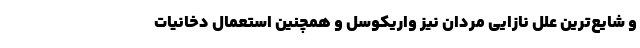
و شایع‌ترین علل نازایی مردان نیز واریکوسل و همچنین استعمال دخانیات